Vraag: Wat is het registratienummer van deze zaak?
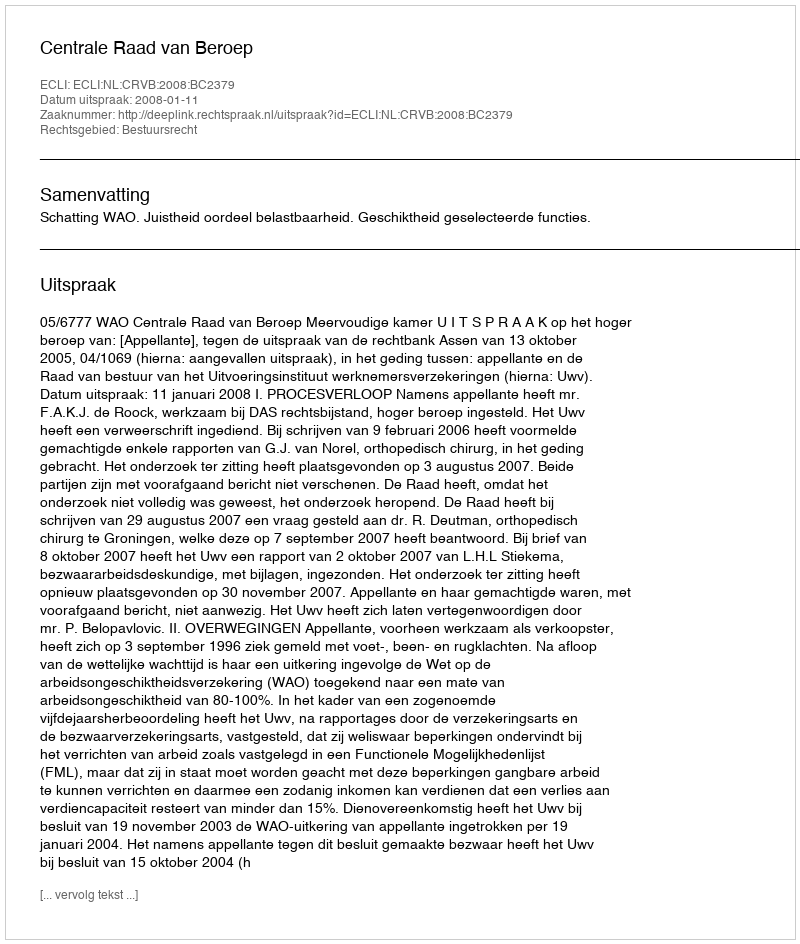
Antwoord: http://deeplink.rechtspraak.nl/uitspraak?id=ECLI:NL:CRVB:2008:BC2379